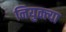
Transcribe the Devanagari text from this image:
नियुक्त्या